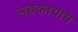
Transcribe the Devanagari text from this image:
लङ्कायाम